Note on the mental hospitals in Burma - 1925-1940
Year: 1925
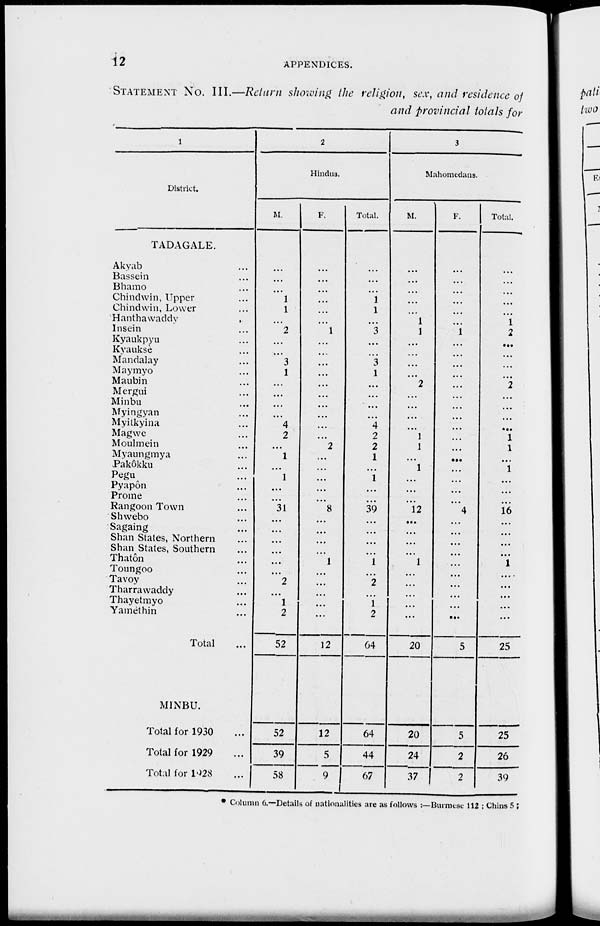
12
APPENDICES.
STATEMENT No. III.—Return showing the religion, sex, and residence of
and provincial totals for
1
District.
TADAGALE.
Akyab ...
Bassein ...
Bhamo ...
Chindwin, Upper ...
Chindwin, Lower ...
Hanthawaddy
Insein ...
Kyaukpyu ...
Kvauksè ...
Mandalay ...
Maymyo ...
Maubin ...
Mergui ...
Minbu ...
Myingyan ...
Myilkyina ...
Magwe ...
Moulmein ...
Myaungmya ...
Pakôkku ...
Pegu ...
Pyapôn ...
Prome ...
Rangoon Town ...
Shwebo ...
Sagaing ...
Shan Stales, Northern ...
Shan States, Southern ...
Thatôn ...
Toungoo ...
Tavoy ...
Tharrawaddy ...
Thayetmyo ...
Yainèthin ...
Total ...
MINBU.
Total for 1930 ...
Total for 1929 ...
Total for 1928 ...
2
Hindus.
M.
...
...
...
1
1
...
2
...
...
3
1
...
...
...
...
4
2
...
1
...
1
...
...
31
...
...
...
...
...
...
2
...
1
2
52
52
39
58
F.
...
...
...
...
...
...
1
...
...
...
...
...
...
...
...
...
...
2
...
...
...
...
...
8
...
...
...
...
1
...
...
...
...
...
12
12
5
9
Total.
...
...
...
1
1
...
3
...
...
3
1
...
...
...
...
4
2
2
1
...
1
...
...
39
...
...
...
...
1
...
2
...
1
2
64
64
44
67
3
Mahomedans.
M.
...
...
...
...
...
1
1
...
...
...
...
2
...
...
...
...
1
1
...
1
...
...
...
12
...
...
...
...
1
...
...
...
...
...
20
20
24
37
F.
...
...
...
...
...
...
1
...
...
...
...
...
...
...
...
...
...
...
...
...
...
...
...
4
...
...
...
...
...
...
...
...
...
...
5
5
2
2
Total.
...
...
...
...
...
1
2
...
...
...
...
2
...
...
...
...
1
1
...
1
...
...
...
16
...
...
...
...
1
...
...
...
...
...
25
25
26
39
* Column 6.—Details of nationalities are as follows :—Burmese 112 ; Chins 5 ;